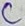
Text: C